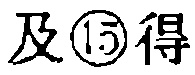
及\textcircled{15}得